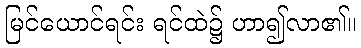
မြင်ယောင်ရင်း ရင်ထဲ၌ ဟာ၍လာ၏။